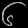
Digit: ၆